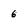
Character: 6